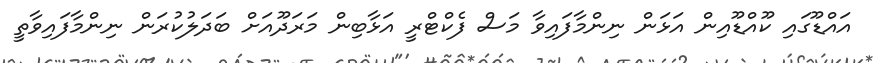
އައްޑޫގައި ކޫއްޑޫއިން އަޅަން ނިންމާފައިވާ މަސް ފެކްޓްރީ އަޅާބިން މަރަދޫއަށް ބަދަލުކުރަން ނިންމާފައިވާތީ